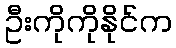
ဦးကိုကိုနိုင်က